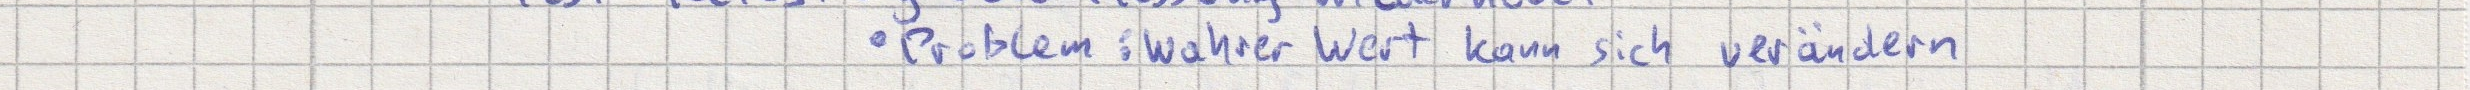
- Problem: wahrer Wert kann sich verändern